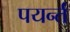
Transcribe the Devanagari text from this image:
पयर्न्तं